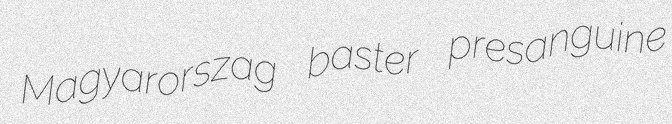
Magyarorszag baster presanguine